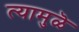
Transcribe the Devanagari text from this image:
त्यामुळॆ